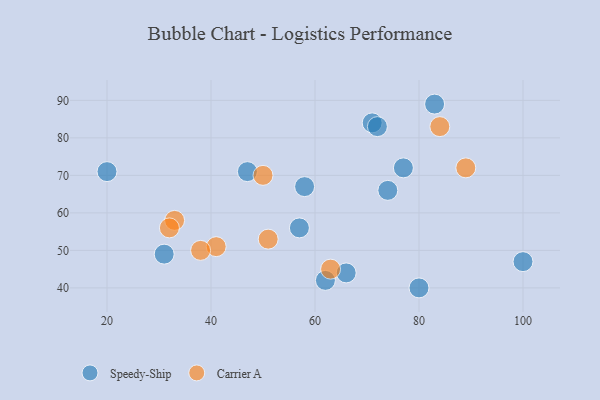
{"axis": {"x": "GDP", "y": "Life Expectancy"}, "legend": ["Carrier A", "Speedy-Ship"], "data": [{"x": "47", "y": 71, "type": "Speedy-Ship"}, {"x": "71", "y": 84, "type": "Speedy-Ship"}, {"x": "57", "y": 56, "type": "Speedy-Ship"}, {"x": "72", "y": 83, "type": "Speedy-Ship"}, {"x": "74", "y": 66, "type": "Speedy-Ship"}, {"x": "100", "y": 47, "type": "Speedy-Ship"}, {"x": "83", "y": 89, "type": "Speedy-Ship"}, {"x": "80", "y": 40, "type": "Speedy-Ship"}, {"x": "20", "y": 71, "type": "Speedy-Ship"}, {"x": "66", "y": 44, "type": "Speedy-Ship"}, {"x": "31", "y": 49, "type": "Speedy-Ship"}, {"x": "77", "y": 72, "type": "Speedy-Ship"}, {"x": "62", "y": 42, "type": "Speedy-Ship"}, {"x": "58", "y": 67, "type": "Speedy-Ship"}, {"x": "41", "y": 51, "type": "Carrier A"}, {"x": "33", "y": 58, "type": "Carrier A"}, {"x": "51", "y": 53, "type": "Carrier A"}, {"x": "50", "y": 70, "type": "Carrier A"}, {"x": "38", "y": 50, "type": "Carrier A"}, {"x": "63", "y": 45, "type": "Carrier A"}, {"x": "84", "y": 83, "type": "Carrier A"}, {"x": "89", "y": 72, "type": "Carrier A"}, {"x": "32", "y": 56, "type": "Carrier A"}]}